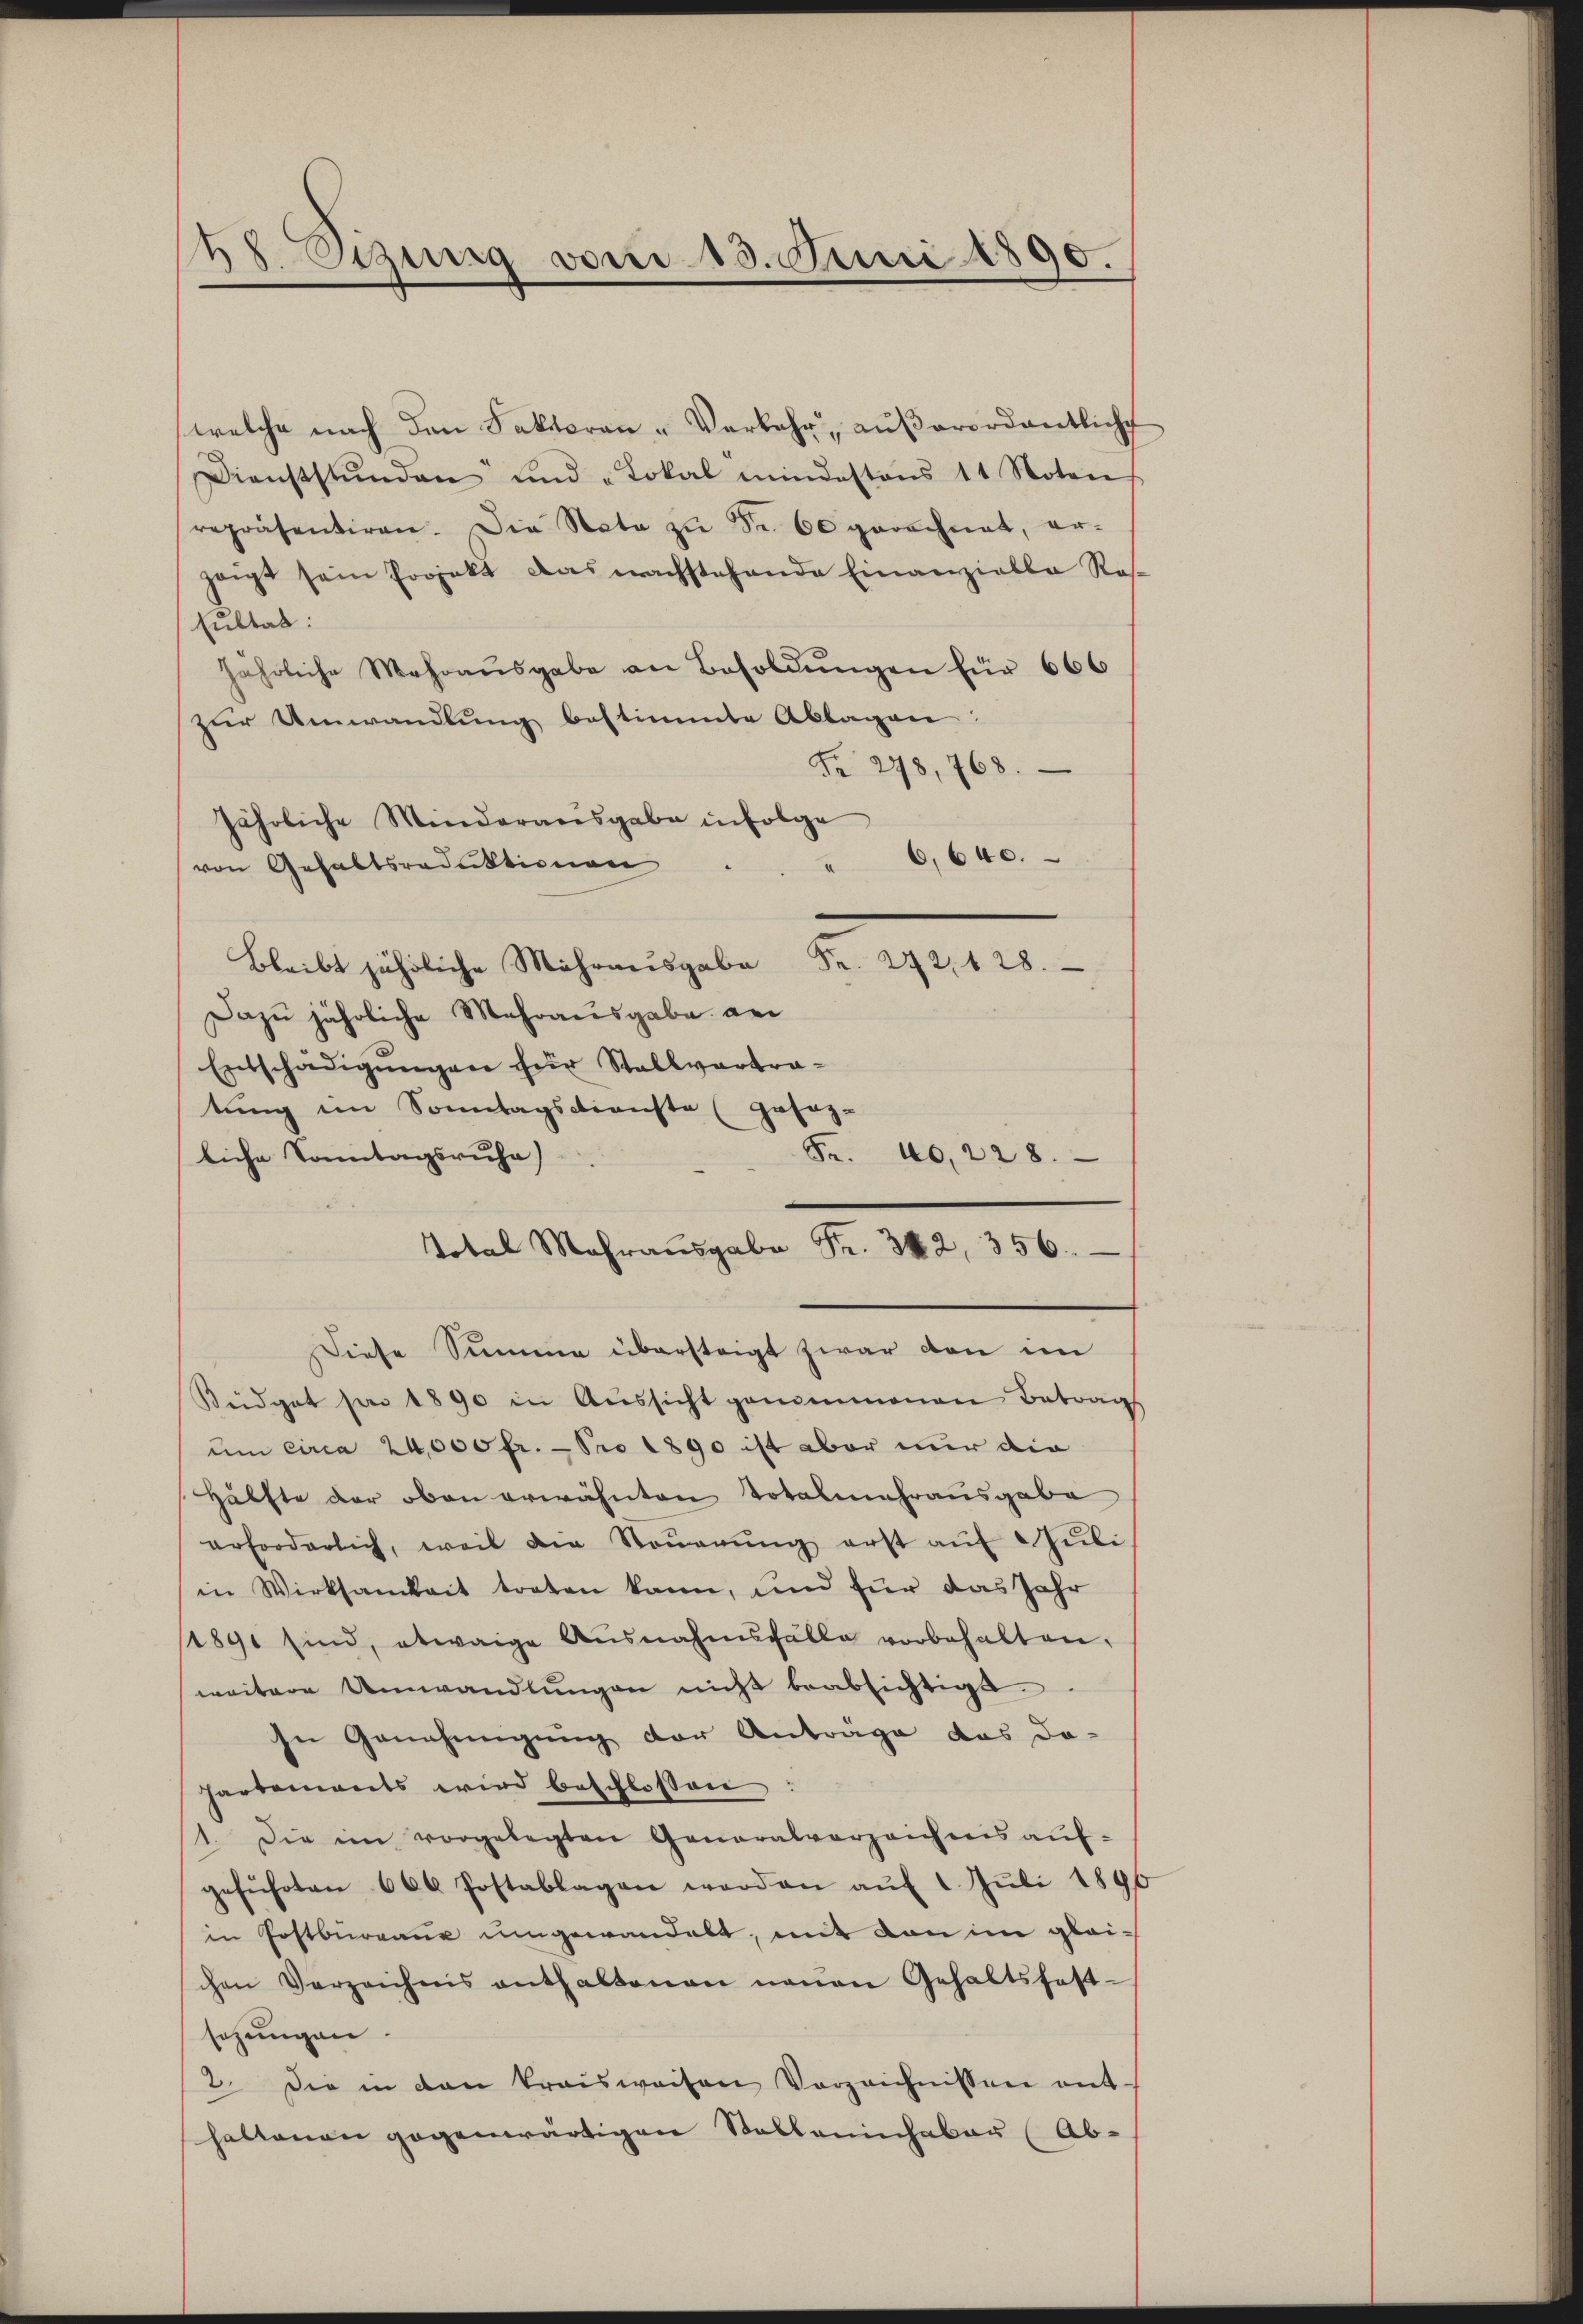
88. Einig vom 15. Juni 1890.

welche nach den Faktoran- Verkehr, aŭβerordentliche
Dienststŭnden und "Lokal mindestens 11 Noten
repräsentiren. Die Note zŭ Fr. 60 gerechnet, er-
zeigt sein Projekt das nachstehende Einanzielle Ros-
sultat:
jährliche Mehraŭsgabe an Besoldŭngen für 666
zur Umwandlung bestimmte Ablagen:
Nr. 278, 768.
jährliche Minderausgabe infolge
6,640.
von Gehaltsroduktionen
Nr. 242, 128.
Bleibt jährliche Mehrausgabe
Dazu jährliche Mehrausgabe an
Entschädigungen für Stallvertratung im Sonntagsdienste (gesag¬
Fr. 40, 228.
liche Sonntagsruha)
Total Mehraŭsgabe Fr. 342, 356.
Diese Summe übersteigt zwar von im
Büdget par 1890 in Aŭssicht genommenen Betrag
um circa 24,000 fr. - Pro 1890 ist aber nur die
Hälfte der oben erwähnten Totalmahrausgabe
erforderlich, weil die Steŭerŭng erst aŭf " Jŭli
in Wirksamkeit treten kann, und für das Jahr
/1891 sind, etwaige Ausnahmsfälle vorbehalten.
weitere Umwandlŭngen nicht beabsichtigt.
In Genehmigung der Anträge das da-
hartements wird beschlossen
1. Die im vorgelegten Generalverzeichnis auf-
geführten 600 Postablagen werden aŭf 1. Jŭli 1896
in Postbürgane umgewandelt, mit von im gleichen Verzeichnis enthaltenen neuen Gehaltsfest-
sezungen.
2. Die in den kraisweisen Verzeichnissen ent-
haltenen gegenwärtigen Stallaninhaber (Ab-